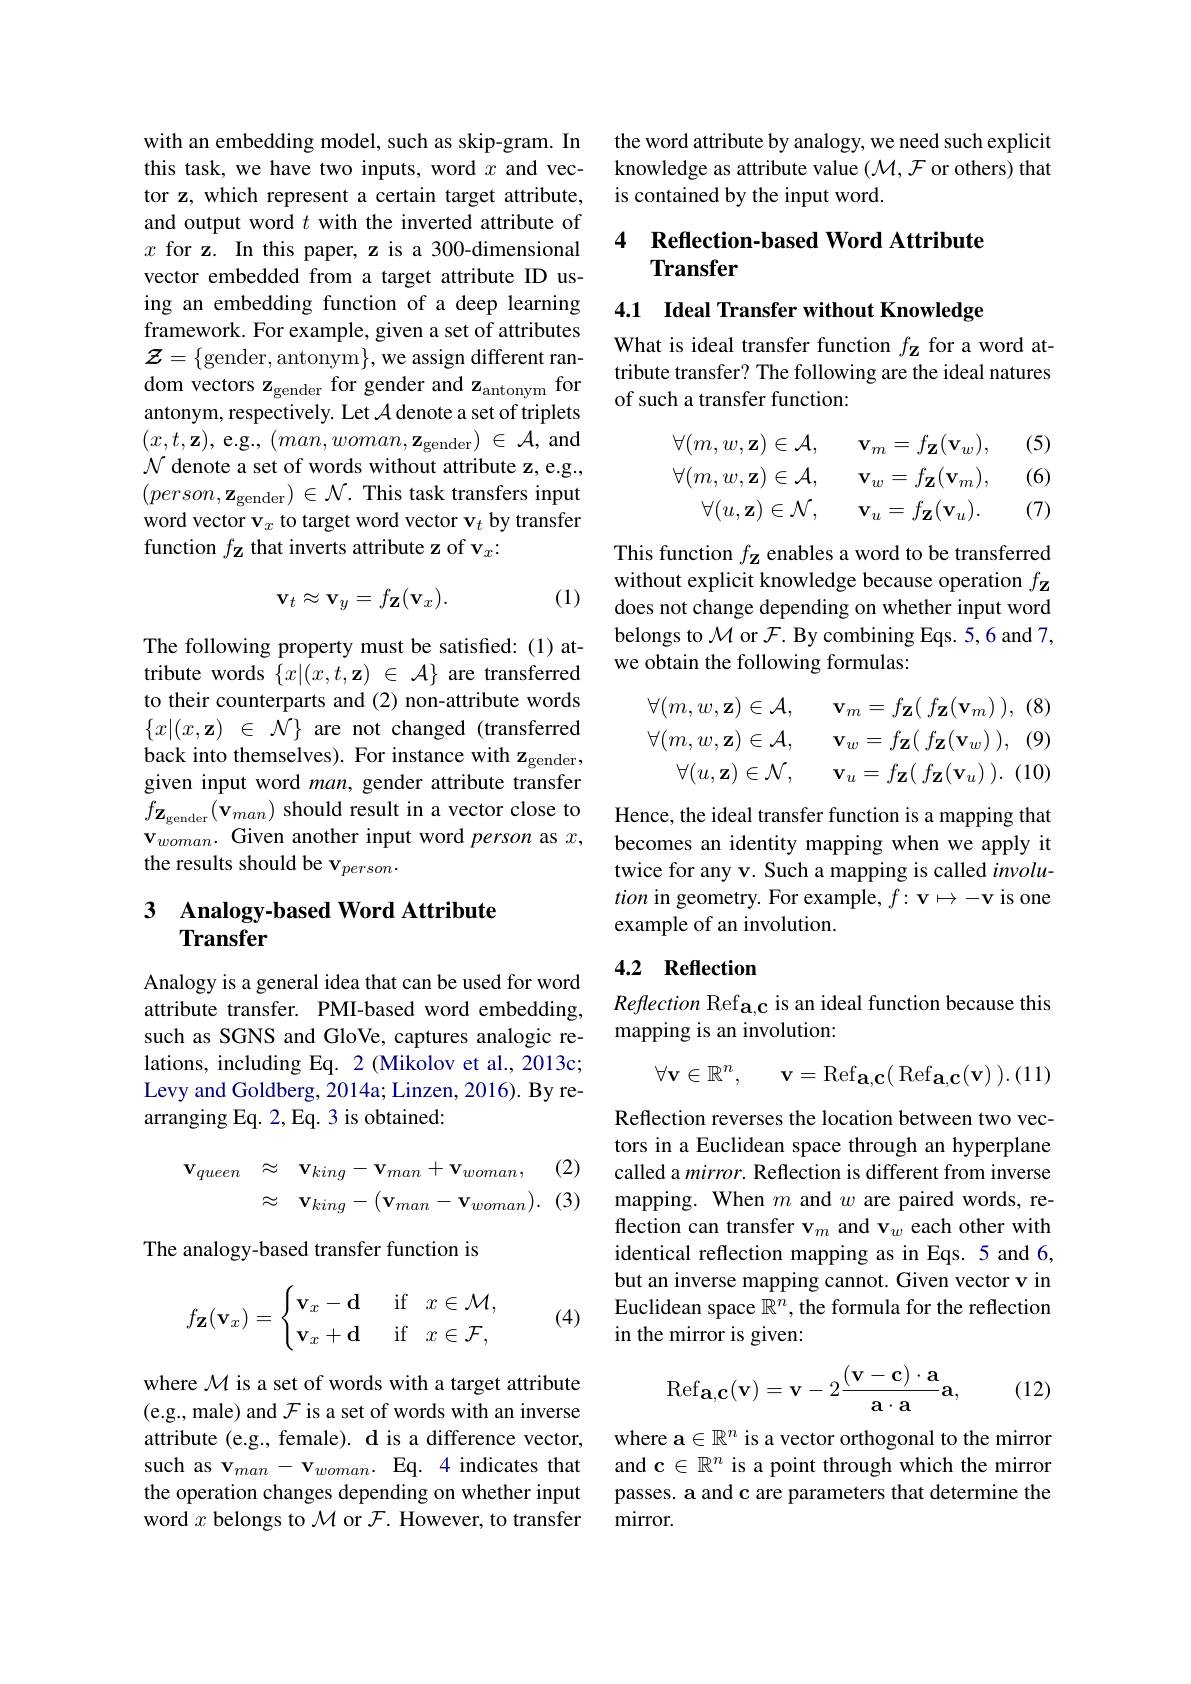
with an embedding model, such as skip-gram. In this task, we have two inputs, word $x$ and vector z, which represent a certain target attribute, and output word $t$ with the inverted attribute of $x$ for z. In this paper, z is a 300-dimensional vector embedded from a target attribute ID using an embedding function of a deep learning framework. For example, given a set of attributes $\mathcal{Z}=\{$gender,antonym$\}$,we assign different random vectors z$_\mathrm{gender}$ for gender and z$_\mathrm{antonym}$ for antonym, respectively. Let $\mathcal{A}$ denote a set of triplets $(x,t,\mathbf{z})$,e.g.$( man, woman, \mathbf{z} _{\mathrm{gender}}) \in \mathcal{A} $,and $\mathcal{N}$ denote a set of words without attribute z, e.g., $( person, \mathbf{z} _{\mathrm{gender}}) \in \mathcal{N} .$ This task transfers input word vector v$_x$ to target word vector v$_t$ by transfer function $f_\mathbf{Z}$ that inverts attribute z of v$_x:$

(1)
$$\mathbf{v}_t\approx\mathbf{v}_y=f_\mathbf{Z}(\mathbf{v}_x).$$
The following property must be satisfied:(1) attribute words $\{ x| ( x, t, \mathbf{z} )$ $\in {\mathcal{A} }\}$ are transferred to their counterparts and (2) non-attribute words $\{ x| ( x, \mathbf{z} )$ $\in$ $\mathcal{N} \}$ are not changed (transferred back into themselves). For instance with z$_\mathrm{gender}$, given input word man, gender attribute transfer $\tilde{f}_{\mathbf{z}_{\mathrm{gender}}}(\tilde{\mathbf{v}}_{man})$ should result in a vector close to $\mathbf{v}_{woman}.$ Given another input word $\textit{person as }x$, the results should be v$_{person}.$

# 3 Analogy-based Word Attribute Transfer

Analogy is a general idea that can be used for word attribute transfer. PMI-based word embedding, such as SGNS and GloVe, captures analogic relations, including Eq. 2 (Mikolov et al., 2013c; Levy and Goldberg, 2014a; Linzen, 2016). By rearranging Eq. 2, Eq. 3 is obtained:

(2)
$$\begin{aligned}\mathbf{v}_{queen}&\approx\quad\mathbf{v}_{king}-\mathbf{v}_{man}+\mathbf{v}_{woman},\\&\approx\quad\mathbf{v}_{king}-(\mathbf{v}_{man}-\mathbf{v}_{woman}).\end{aligned}$$
(3)

The analogy-based transfer function is
$$f_{\mathbf{Z}}(\mathbf{v}_x)=\begin{cases}\mathbf{v}_x-\mathbf{d}&\text{if}\:x\in\mathcal{M},\\\mathbf{v}_x+\mathbf{d}&\text{if}\:x\in\mathcal{F},\end{cases}$$
(4)

where $\mathcal{M}$ is a set of words with a target attribute (e.g., male) and $\mathcal F$ is a set of words with an inverse attribute (e.g., female). d is a difference vector, such as v$_man-\mathbf{v}_{woman}.$ Eq. 4 indicates that the operation changes depending on whether input word $x$ belongs to $\mathcal{M}$ or $\mathcal{F}.$ However, to transfer

the word attribute by analogy, we need such explicit knowledge as attribute value $(\mathcal{M},\mathcal{F}$ or others) that is contained by the input word.

### 4 Reflection-based Word Attribute Transfer

4.1 Ideal Transfer without Knowledge

What is ideal transfer function $f_\mathbf{Z}$ for a word attribute transfer? The following are the ideal natures of such a transfer function:

(5)

(6)
$$\begin{aligned}\forall(m,w,\mathbf{z})&\in\mathcal{A},\quad\mathbf{v}_{m}=f_{\mathbf{Z}}(\mathbf{v}_{w}),\\\forall(m,w,\mathbf{z})&\in\mathcal{A},\quad\mathbf{v}_{w}=f_{\mathbf{Z}}(\mathbf{v}_{m}),\\\forall(u,\mathbf{z})&\in\mathcal{N},\quad\mathbf{v}_{u}=f_{\mathbf{Z}}(\mathbf{v}_{u}).\end{aligned}$$
(7)

This function $f_\mathbf{Z}$ enables a word to be transferred without explicit knowledge because operation $f_\mathbf{z}$ does not change depending on whether input word belongs to $\mathcal{M}$ or $\mathcal{F}.$ By combining Eqs. 5, 6 and 7, we obtain the following formulas:
$$\begin{aligned}\forall(m,w,\mathbf{z})\in\mathcal{A},\quad&\mathbf{v}_{m}=f_{\mathbf{Z}}(\:f_{\mathbf{Z}}(\mathbf{v}_{m})\:),\:(8)\\\forall(m,w,\mathbf{z})\in\mathcal{A},\quad&\mathbf{v}_{w}=f_{\mathbf{Z}}(\:f_{\mathbf{Z}}(\mathbf{v}_{w})\:),\:(9)\\\forall(u,\mathbf{z})\in\mathcal{N},\quad&\mathbf{v}_{u}=f_{\mathbf{Z}}(\:f_{\mathbf{Z}}(\mathbf{v}_{u})\:).\:(10)\end{aligned}$$
Hence, the ideal transfer function is a mapping that becomes an identity mapping when we apply it twice for any v. Such a mapping is called $involu-$ tion in geometry. For example, $f:\mathbf{v}\mapsto-\mathbf{v}$ is one example of an involution.

## 4.2 Reflection

Reflection Refa,c is an ideal function because this
mapping is an involution:
$$\forall\mathbf{v}\in\mathbb{R}^n,\quad\mathbf{v}=\mathrm{Ref}_{\mathbf{a},\mathbf{c}}(\mathrm{Ref}_{\mathbf{a},\mathbf{c}}(\mathbf{v})\:).(11)$$
Reflection reverses the location between two vectors in a Euclidean space through an hyperplane called a mirror. Reflection is different from inverse mapping. When $m$ and $w$ are paired words, reflection can transfer v$_m$ and v$_w$ each other with identical reflection mapping as in Eqs. 5 and 6, but an inverse mapping cannot. Given vector v in Euclidean space $\mathbb{R}^n$, the formula for the reflection in the mirror is given:
$$\mathrm{Ref}_{\mathbf{a},\mathbf{c}}(\mathbf{v})=\mathbf{v}-2\frac{(\mathbf{v}-\mathbf{c})\cdot\mathbf{a}}{\mathbf{a}\cdot\mathbf{a}}\mathbf{a},$$
(12)

where a$\in\mathbb{R}^n$ is a vector orthogonal to the mirror and c $\in\mathbb{R}^n$ is a point through which the mirror passes. a and c are parameters that determine the mirror.